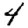
Digit: 4